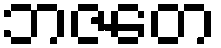
ဘဇတေ